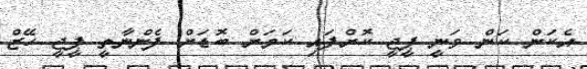
އެކަން ކަން ވަނީ ޕީޖީ ކޮށްފައި ކަމަށް ބޮޑަށް ފެންނާތީ ޕީޖީ ހޭޒް